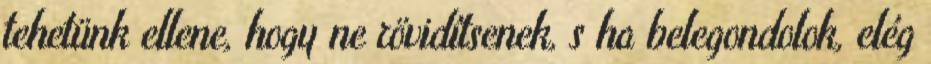
tehetünk ellene, hogy ne rövidítsenek, s ha belegondolok, elég